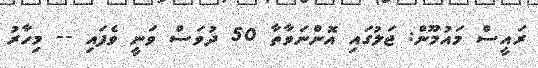
ރައީސް މައުމޫން: ޖަލުގައި އޮންނަވާތާ 50 ދުވަސް ވަނީ ވެފައި -- މިހާރު